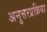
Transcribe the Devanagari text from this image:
अनुत्तरप्रक्रिया